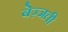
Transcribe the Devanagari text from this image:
बेज़्जती